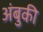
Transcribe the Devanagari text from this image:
अंबुकी